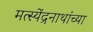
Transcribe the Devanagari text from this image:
मत्स्येंद्रनाथांच्या